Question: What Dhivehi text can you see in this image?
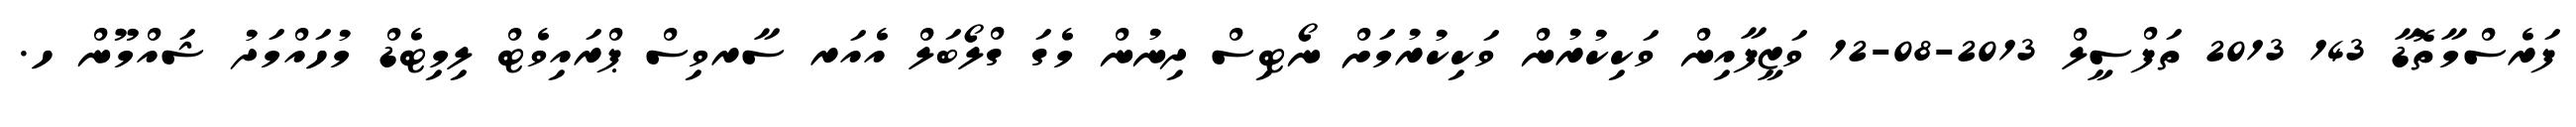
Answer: ފަރެސްމާތޮޑާ 143 2013 ތަފްސީލް 2013-08-12 ވަޒީފާއިން ވަކިކުރުން ވަކިކުރުމަށް ނޯޓިސް ދިނުން މެގަ ގްލޯބަލް އެއަރ ސާރވިސް ޕްރައިވެޓް ލިމިޓެޑް މުހައްމަދު ޝައްމޫން ހ.